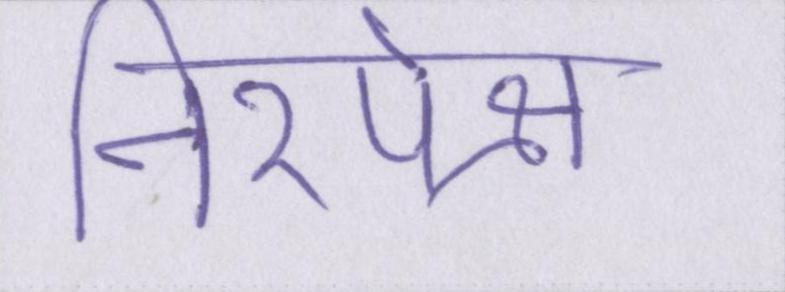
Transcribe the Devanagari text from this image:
निरपेक्ष